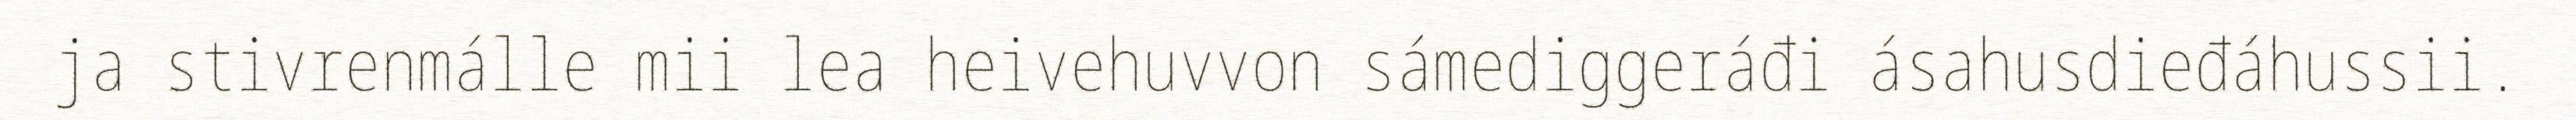
ja stivrenmálle mii lea heivehuvvon sámediggeráđi ásahusdieđáhussii.